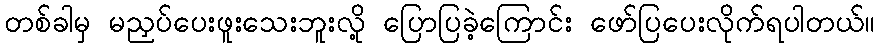
တစ်ခါမှ မညှပ်ပေးဖူးသေးဘူးလို့ ပြောပြခဲ့ကြောင်း ဖော်ပြပေးလိုက်ရပါတယ်။